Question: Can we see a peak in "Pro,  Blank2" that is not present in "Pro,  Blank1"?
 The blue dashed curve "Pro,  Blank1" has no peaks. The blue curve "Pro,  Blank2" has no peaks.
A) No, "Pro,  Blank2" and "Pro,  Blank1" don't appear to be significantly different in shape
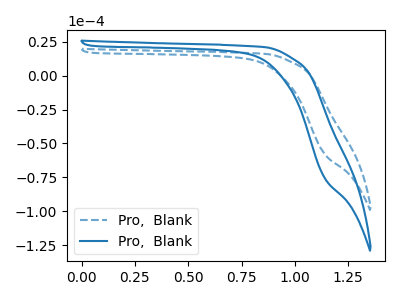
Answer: <think>Neither "Pro,  Blank2" or "Pro,  Blank1" have any peaks.
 </think>
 <answer>A) No, "Pro,  Blank2" and "Pro,  Blank1" don't appear to be significantly different in shape</answer>
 <eval>A</eval>